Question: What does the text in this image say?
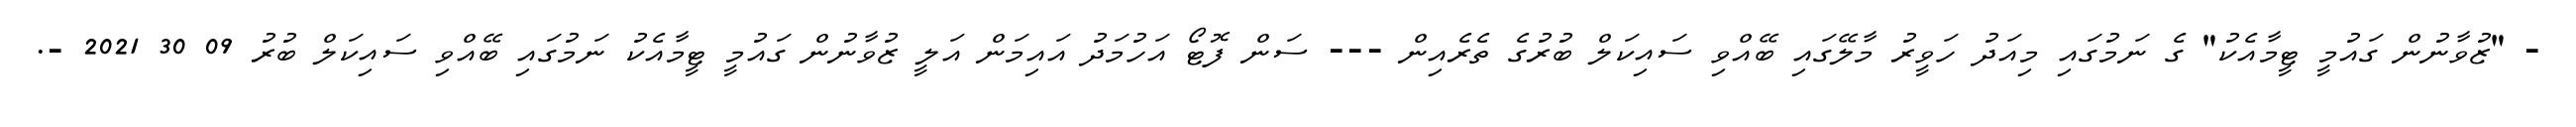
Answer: - "ޒުވާނުން ގައުމީ ޓީމާއެކު" ގެ ނަމުގައި މިއަދު ހަވީރު މާލޭގައި ބޭއްވި ސައިކަލް ބުރުގެ ތެރެއިން --- ސަން ފޮޓޯ އަހުމަދު އައިމަން އަލީ ޒުވާނުން ގައުމީ ޓީމާއެކު ނަމުގައި ބޭއްވި ސައިކަލް ބުރު 09 30 2021 -.